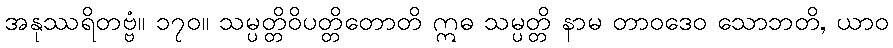
အနုဿရိတဗ္ဗံ။ ၁၇၀။ သမ္ပတ္တိဝိပတ္တိတောတိ ဣဓ သမ္ပတ္တိ နာမ တာဝဒေဝ သောဘတိ, ယာဝ